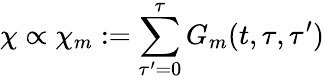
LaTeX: \chi\propto\chi_{m}:=\sum_{\tau^{\prime}=0}^{\tau}G_{m}(t,\tau,\tau^{\prime})